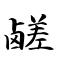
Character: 鹾